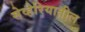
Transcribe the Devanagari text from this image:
सेव्हेरियातील